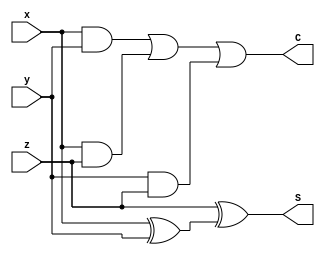
module Full_adder(x,y,z,S,C);
    input x,y,z;
    output S,C;
    wire w1;

    xor (w1,x,y);
    xor (S,z,w1);

    assign C = (x&&y) || (x&&z) ||(y&&z);
endmodule

module bit4_adder_sub(M, a0,a1,a2,a3, b0,b1,b2,b3, C, S0,S1,S2,S3, V);
    input M, a0,a1,a2,a3, b0,b1,b2,b3;
    output C, S0,S1,S2,S3, V;
    wire w0,w1,w2,w3;
    wire C1,C2,C3;

    xor (w0,b0,M);
    xor (w1,b1,M);
    xor (w2,b2,M);
    xor (w3,b2,M);  

    Full_adder F0(a0,w0,M,S0,C1);
    Full_adder F1(a1,w1,C1,S1,C2);
    Full_adder F2(a2,w2,C2,S2,C3);
    Full_adder F3(a3,w3,C3,S3,C);
    xor(V, C, C3);
endmodule